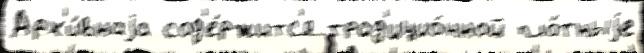
Арх'и́внаjа сод'е́ржитс'я трад'ицио́нной пло́тныjе